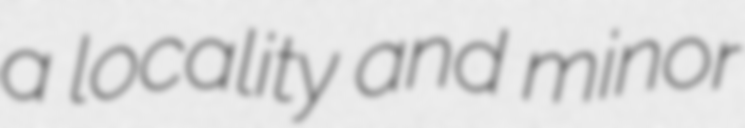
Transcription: a locality and minor